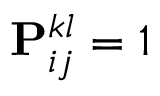
\mathbf { P } _ { i j } ^ { k l } = 1